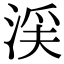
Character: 渓